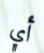
أي